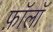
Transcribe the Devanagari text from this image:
फ़ॉलॉ